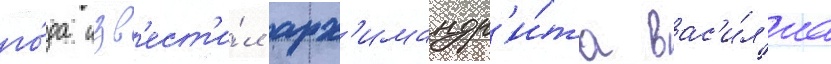
го́да изв'ест'и́л арх'имандр'и́та вас'и́л'иа